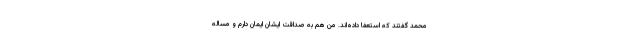
محمد گفتند که استعفا داده‌اند. من هم به صداقت ایشان ایمان دارم و مساله